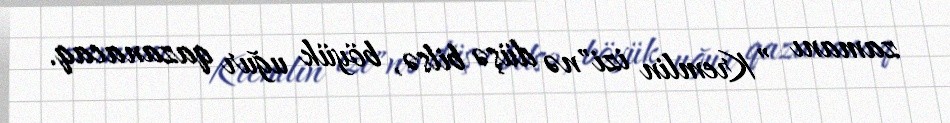
zamanı ”Kremlin izi"nə düşə bilsə, böyük uğur qazanacaq.